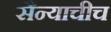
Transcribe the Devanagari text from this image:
सैन्याचीच